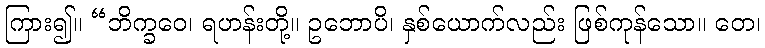
ကြား၍။ “ဘိက္ခဝေ၊ ရဟန်းတို့။ ဥဘောပိ၊ နှစ်ယောက်လည်း ဖြစ်ကုန်သော။ တေ၊